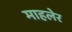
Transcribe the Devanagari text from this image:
माहलेर